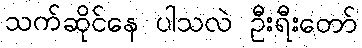
သက်ဆိုင်နေ ပါသလဲ ဦးရီးတော်